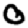
Digit: 0